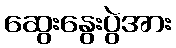
ဆွေးနွေးပွဲအား